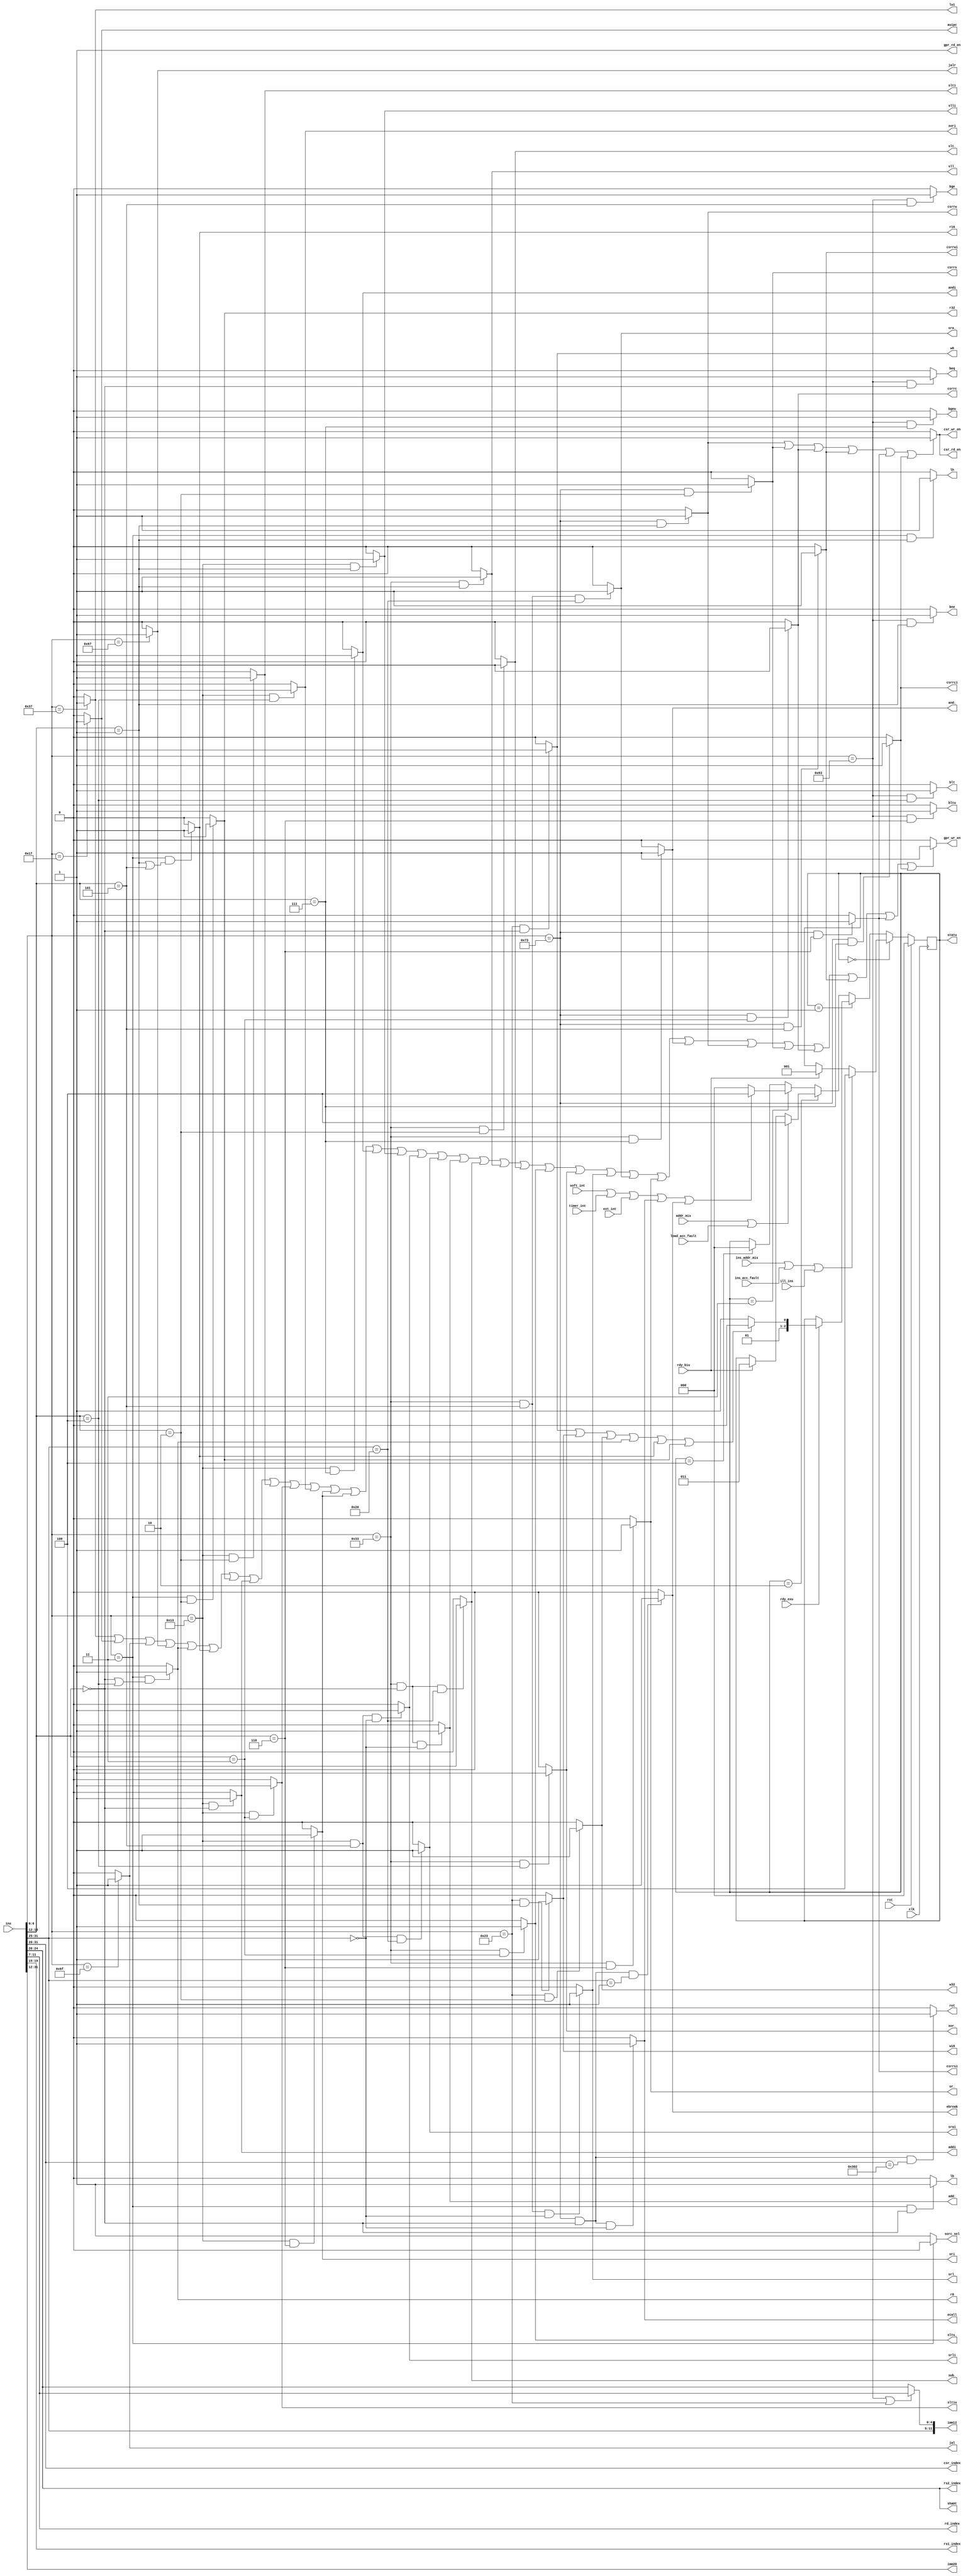
module iu(

input wire clk,

input wire rst,

//exu
input wire rdy_exu,
input wire rdy_biu,

//
input wire [31:0]ins,

//(
//
input wire soft_int,
//
input wire timer_int,
//
input wire ext_int,


//
input wire ins_addr_mis,
//
input wire ins_acc_fault,
//
input wire ill_ins,

//
input wire addr_mis,
//
input wire load_acc_fault,


//
output reg [2:0]statu,



//
output wire addi ,
output wire slti,
output wire sltiu,
output wire andi,
output wire ori,
output wire xori,
output wire slli,
output wire srli,
output wire srai,

output wire lui,
output wire auipc,
output wire add_,
output wire sub_,
output wire slt_,
output wire sltu_,
output wire and_,
output wire or_,
output wire xor_,
output wire sll_,
output wire srl_,
output wire sra_,

output wire jal,
output wire jalr,

output wire beq,
output wire bne,
output wire blt,
output wire bltu,
output wire bge,
output wire bgeu,

output wire w8,
output wire w16,
output wire w32,
output wire r8,
output wire r16,
output wire r32,
output wire lb,
output wire lh,
output wire sorc_sel,

output wire csrrw,
output wire csrrs,
output wire csrrc,
output wire csrrwi,
output wire csrrsi,
output wire csrrci,

output wire csr_rd_en,
output wire csr_wr_en,
output wire gpr_rd_en,
output wire gpr_wr_en,

output wire ebreak,
output wire ecall,
output wire ret,
 
output wire [4:0]rs1_index,
output wire [4:0]rs2_index,
output wire [4:0]rd_index,
output wire [11:0]csr_index,


output wire [19:0]imm20,
output wire [11:0]imm12,
output wire [4:0] shamt

);

always@(posedge clk)begin
        
        if(rst)begin
       
            statu   <=  3'b000;
            
         end
         
         else if(statu==3'b000)begin
         
            statu   <= ( ins_addr_mis | ins_acc_fault | ill_ins) ? 3'b100 : rdy_biu ? 3'b001 : statu ;     //minidecode
            
         end
         
                 
         else if(statu==3'b001 )begin
         
            statu<= (!rdy_exu)?statu: (w8 | w16 | w32 | r8 | r16 | r32) ? 3'b010 : 3'b011;  //
            
         end
         
         
         else if(statu==3'b010 )begin
         
            statu   <=  ( addr_mis | load_acc_fault ) ? 3'b100 : rdy_biu ? 3'b011 : statu;       //    
            
         end
         
                
         else if(statu==3'b011)begin
         
            statu   <=  (soft_int | timer_int | ext_int | ecall | ebreak) ? 3'b100 : 3'b000;           //
            
         end

	 else if(statu==3'b100)begin
            statu   <=  3'b000;
	 end
         
         
end

assign addi = ((ins[6:0]==7'b0010011)&(ins[14:12]==3'b000))? 1'b1 : 1'b0;
assign slti = ((ins[6:0]==7'b0010011)&(ins[14:12]==3'b010))? 1'b1 : 1'b0;
assign sltiu= ((ins[6:0]==7'b0010011)&(ins[14:12]==3'b011))? 1'b1 : 1'b0;
assign xori = ((ins[6:0]==7'b0010011)&(ins[14:12]==3'b100))? 1'b1 : 1'b0;
assign ori  = ((ins[6:0]==7'b0010011)&(ins[14:12]==3'b110))? 1'b1 : 1'b0;
assign andi = ((ins[6:0]==7'b0010011)&(ins[14:12]==3'b111))? 1'b1 : 1'b0;
assign slli = ((ins[6:0]==7'b0010011)&(ins[14:12]==3'b001))? 1'b1 : 1'b0;
assign srli = ((ins[6:0]==7'b0010011)&(ins[14:12]==3'b101)&(ins[31:25]==7'b0000000))? 1'b1 : 1'b0;
assign srai = ((ins[6:0]==7'b0010011)&(ins[14:12]==3'b101)&(ins[31:25]==7'b0100000))? 1'b1 : 1'b0;

assign lui = ((ins[6:0])==7'b0110111)?1'b1 : 1'b0;
assign auipc = (ins[6:0]==7'b0010111) ? 1'b1 : 1'b0;

assign add_ = ((ins[6:0]==7'b0110011)&(ins[14:12]==3'b000)&(ins[31:25]==7'b0000000))? 1'b1 : 1'b0;
assign sub_ = ((ins[6:0]==7'b0110011)&(ins[14:12]==3'b000)&(ins[31:25]==7'b0100000))? 1'b1 : 1'b0;
assign sll_ = ((ins[6:0]==7'b0110011)&(ins[14:12]==3'b001))? 1'b1 : 1'b0;
assign slt_ = ((ins[6:0]==7'b0110011)&(ins[14:12]==3'b010))? 1'b1 : 1'b0;
assign sltu_= ((ins[6:0]==7'b0110011)&(ins[14:12]==3'b011))? 1'b1 : 1'b0;
assign xor_ = ((ins[6:0]==7'b0110011)&(ins[14:12]==3'b100))? 1'b1 : 1'b0;
assign srl_ = ((ins[6:0]==7'b0110011)&(ins[14:12]==3'b101)&(ins[31:25]==7'b0000000))? 1'b1 : 1'b0;
assign sra_ = ((ins[6:0]==7'b0110011)&(ins[14:12]==3'b101)&(ins[31:25]==7'b0100000))? 1'b1 : 1'b0;
assign or_  = ((ins[6:0]==7'b0110011)&(ins[14:12]==3'b110))? 1'b1 : 1'b0;
assign and_ = ((ins[6:0]==7'b0110011)&(ins[14:12]==3'b111))? 1'b1 : 1'b0;

assign jal  = (ins[6:0]==7'b1101111)? 1'b1 : 1'b0;
assign jalr = (ins[6:0]==7'b1100111)? 1'b1 : 1'b0;

assign beq  = ((ins[6:0]==7'b1100011)&(ins[14:12]==3'b000))?1'b1:1'b0;
assign bne  = ((ins[6:0]==7'b1100011)&(ins[14:12]==3'b001))?1'b1:1'b0; 
assign blt  = ((ins[6:0]==7'b1100011)&(ins[14:12]==3'b100))?1'b1:1'b0;
assign bge  = ((ins[6:0]==7'b1100011)&(ins[14:12]==3'b101))?1'b1:1'b0;
assign bltu = ((ins[6:0]==7'b1100011)&(ins[14:12]==3'b110))?1'b1:1'b0;
assign bgeu = ((ins[6:0]==7'b1100011)&(ins[14:12]==3'b111))?1'b1:1'b0;

assign csrrw= ((ins[6:0]==7'b1110011)&(ins[14:12]==3'b001))?1'b1:1'b0;
assign csrrs= ((ins[6:0]==7'b1110011)&(ins[14:12]==3'b010))?1'b1:1'b0;
assign csrrc= ((ins[6:0]==7'b1110011)&(ins[14:12]==3'b011))?1'b1:1'b0;
assign csrrwi=((ins[6:0]==7'b1110011)&(ins[14:12]==3'b101))?1'b1:1'b0;
assign csrrsi=((ins[6:0]==7'b1110011)&(ins[14:12]==3'b110))?1'b1:1'b0;
assign csrrci=((ins[6:0]==7'b1110011)&(ins[14:12]==3'b111))?1'b1:1'b0;

assign ebreak=((ins[6:0]==7'b1110011)&(ins[14:12]==3'b000)&(ins[31:25]==12'b0000_0000_0001))?1'b1:1'b0;
assign ecall =((ins[6:0]==7'b1110011)&(ins[14:12]==3'b000)&(ins[31:25]==12'b0000_0000_0000))?1'b1:1'b0;
assign ret   =((ins[6:0]==7'b1110011)&(ins[14:12]==3'b000)&(ins[31:20]==12'b0011_0000_0010))?1'b1:1'b0;

assign w8    =((ins[6:0]==7'b0100011)&(ins[14:12]==3'b000))?1'b1:1'b0;
assign w16   =((ins[6:0]==7'b0100011)&(ins[14:12]==3'b001))?1'b1:1'b0;
assign w32   =((ins[6:0]==7'b0100011)&(ins[14:12]==3'b010))?1'b1:1'b0;
assign r8    =((ins[6:0]==7'b0000011)&((ins[14:12]==3'b000)|(ins[14:12]==3'b100)))?1'b1:1'b0;
assign r16   =((ins[6:0]==7'b0000011)&((ins[14:12]==3'b001)|(ins[14:12]==3'b101)))?1'b1:1'b0;
assign r32   =((ins[6:0]==7'b0000011)&(ins[14:12]==3'b010))?1'b1:1'b0;
//
//+1

assign sorc_sel = (ins[6:0]==7'b0000011)? 1'b0:1'b1;        //0biu1exu

//rs1

assign rs1_index=ins[19:15];      //zimm
assign rs2_index=ins[24:20];
assign rd_index =ins[11:7];
assign csr_index=ins[31:20];
assign imm20    =ins[31:12];
assign imm12    =((ins[6:0]==7'b1100011) | (ins[6:0]==7'b0100011)) ? {ins[31:25],ins[11:7]} : ins[31:20];
assign shamt    =ins[24:20];

assign csr_wr_en = (csrrw | csrrs |csrrc | csrrwi | csrrsi | csrrci) ? 1'b1 : 1'b0;
assign csr_rd_en = (csrrw | csrrs |csrrc | csrrwi | csrrsi | csrrci) ? 1'b1 : 1'b0;
assign gpr_wr_en = (lui | auipc | jal | jalr | r8 | r16 | r32 | addi | slti | sltiu | xori | ori | ori | andi | slli | srli | srai
          | add_ | sub_ | sll_ | slt_ | sltu_ |xor_ |srl_ |sra_ |or_ |and_ |csrrw | csrrs | csrrc | csrrwi |csrrsi | csrrci) ? 1'b1 : 1'b0;
                        
assign gpr_rd_en = 1'b1;

assign lb = ((ins[6:0]==7'b0000011)&(ins[14:12]==3'b000))?1'b1:1'b0;
assign lh = ((ins[6:0]==7'b0000011)&(ins[14:12]==3'b001))?1'b1:1'b0;


endmodule